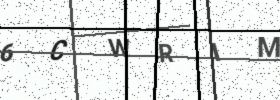
Text: 6CWRIM